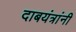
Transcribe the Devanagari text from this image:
दाबयंत्रांनी